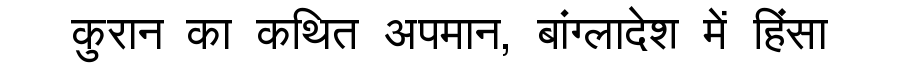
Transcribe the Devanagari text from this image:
कुरान का कथित अपमान, बांग्लादेश में हिंसा